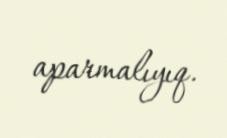
aparmalıyıq.